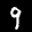
Label: 9